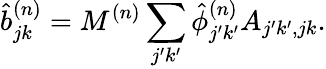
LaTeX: \hat{b}_{jk}^{(n)}=M^{(n)}\sum_{j^{\prime}k^{\prime}}\hat{\phi}_{j^{\prime}k^{\prime}}^{(n)}A_{j^{\prime}k^{\prime},jk}.